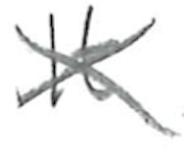
Text: It
Cross-out: cross
Writing tool: pencil